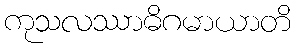
ကုသလဿာဓိဂမာယာတိ